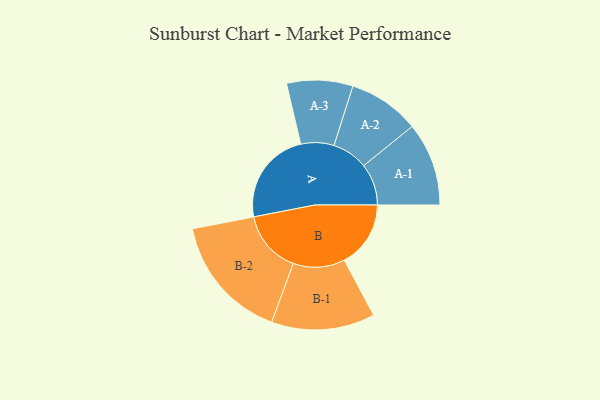
{"axis": {"x": "Segment", "y": "Value"}, "legend": ["", "A", "B"], "data": [{"x": "A", "y": 347, "type": ""}, {"x": "B", "y": 245, "type": ""}, {"x": "A-1", "y": 154, "type": "A"}, {"x": "A-2", "y": 132, "type": "A"}, {"x": "A-3", "y": 122, "type": "A"}, {"x": "B-1", "y": 191, "type": "B"}, {"x": "B-2", "y": 232, "type": "B"}]}